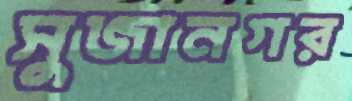
সুজানগর